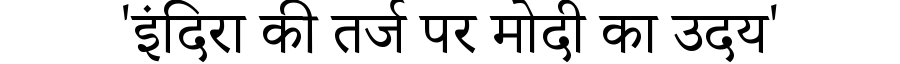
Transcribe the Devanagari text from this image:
'इंदिरा की तर्ज पर मोदी का उदय'